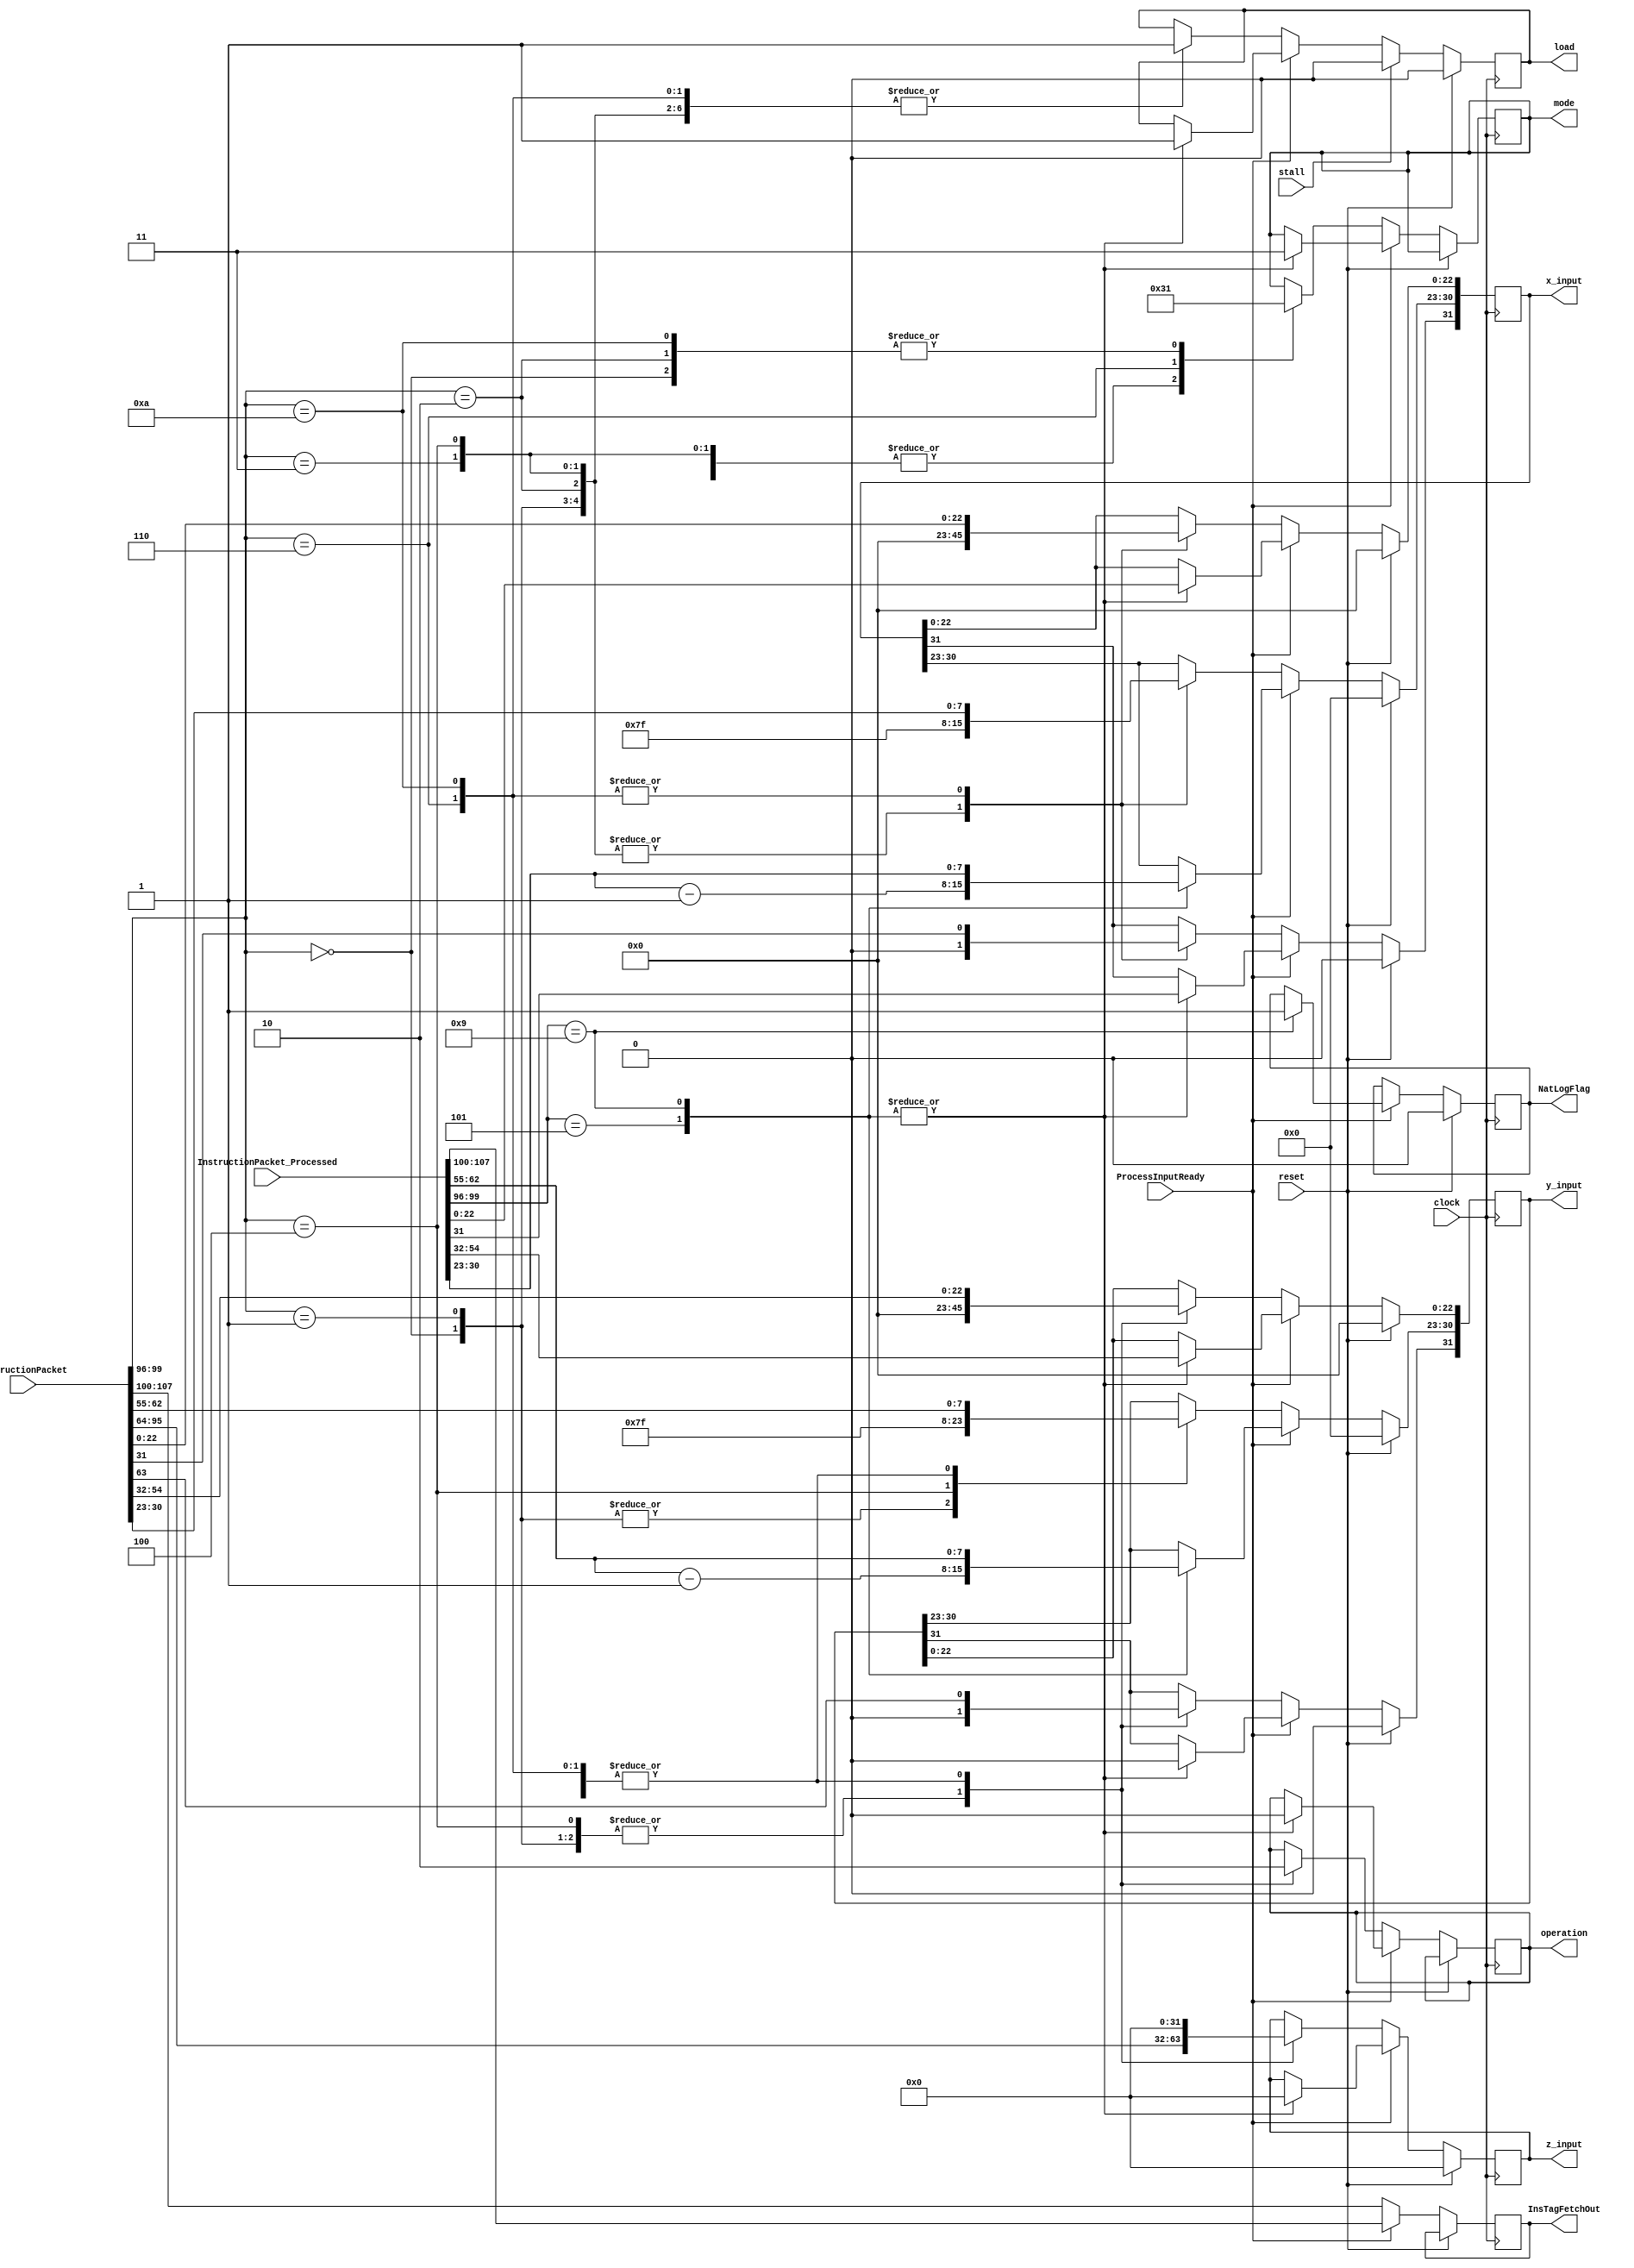
module Fetch_FSL(
    input [107:0] InstructionPacket,
	 input [107:0] InstructionPacket_Processed,
	 input ProcessInputReady,
	 input reset,
    input clock,
	 input stall,
    output reg [31:0] x_input = 32'h00000000,
    output reg [31:0] y_input = 32'h00000000,
    output reg [31:0] z_input = 32'h00000000,
    output reg [1:0] mode,
    output reg operation,
	 output reg [7:0] InsTagFetchOut,
    output reg load = 1'b0,
	 output reg NatLogFlag = 1'b0
    );

wire [3:0] Opcode;
wire [31:0] x_processor;
wire [31:0] y_processor;
wire [31:0] z_processor;
wire [7:0] InstructionTag;

wire [3:0] Opcode_processed;
wire [31:0] x_processor_processed;
wire [31:0] y_processor_processed;
wire [31:0] z_processor_processed;
wire [7:0] InstructionTag_processed;

assign InstructionTag = InstructionPacket[107:100];
assign Opcode = InstructionPacket[99:96];
assign x_processor = InstructionPacket[31:0];
assign y_processor = InstructionPacket[63:32];
assign z_processor = InstructionPacket[95:64];

assign InstructionTag_processed = InstructionPacket_Processed[107:100];
assign Opcode_processed = InstructionPacket_Processed[99:96];
assign x_processor_processed = InstructionPacket_Processed[31:0];
assign y_processor_processed = InstructionPacket_Processed[63:32];
assign z_processor_processed = InstructionPacket_Processed[95:64];

parameter sin_cos		= 4'd0,
			 sinh_cosh	= 4'd1,
			 arctan		= 4'd2,
			 arctanh		= 4'd3,
			 exp			= 4'd4,
			 sqr_root   = 4'd5,			// Pre processed input is given 4'd11
												// This requires pre processing. x = (a+1)/2 and y = (a-1)/2
			 division	= 4'd6,
			 tan			= 4'd7,			// This is iterative. sin_cos followed by division.
			 tanh			= 4'd8,			// This is iterative. sinh_cosh followed by division.
			 nat_log		= 4'd9,			// This requires pre processing. x = (a+1) and y = (a-1)
			 hypotenuse = 4'd10;
			 
parameter vectoring = 1'b0,
			 rotation  = 1'b1;
			 			 
parameter circular   = 2'b01,
			 linear     = 2'b00,
			 hyperbolic = 2'b11;

always @ (posedge clock)
begin

if (reset == 1'b1) begin
	x_input <= 32'h00000000;
   y_input <= 32'h00000000;
   z_input <= 32'h00000000;
	load <= 1'b0;
	NatLogFlag <= 1'b0;
end
	
else begin
	
	if (ProcessInputReady == 1'b0) begin
		
		InsTagFetchOut <= InstructionTag;
		
		case(Opcode)
	
		sin_cos:
		begin
			mode <= circular;
			operation <= rotation;
			x_input <= 32'h3F800000;
			y_input <= 32'h00000000;
			z_input <= z_processor;	
			load <= 1'b1;
		end
		
		sinh_cosh:
		begin
			mode <= hyperbolic;
			operation <= rotation;
			x_input <= 32'h3F800000;
			y_input <= 32'h00000000;
			z_input <= z_processor;
			load <= 1'b1;
		end
		
		arctan:
		begin
			mode <= circular;
			operation <= vectoring;
			x_input <= 32'h3F800000;
			y_input <= y_processor;
			z_input <= 32'h00000000;
			load <= 1'b1;
		end
		
		arctanh:
		begin
			mode <= hyperbolic;
			operation <= vectoring;
			x_input <= 32'h3F800000;
			y_input <= y_processor;
			z_input <= 32'h00000000;
			load <= 1'b1;
		end
		
		exp:
		begin
			mode <= hyperbolic;
			operation <= rotation;
			x_input <= 32'h3F800000;
			y_input <= 32'h3F800000;
			z_input <= z_processor;
			load <= 1'b1;		
		end
		
		division:
		begin
			mode <= linear;
			operation <= vectoring;
			x_input <= x_processor;
			y_input <= y_processor;
			z_input <= 32'h00000000;
			load <= 1'b1;
		end
		
		hypotenuse:
		begin
			mode <= circular;
			operation <= vectoring;
			x_input <= x_processor;
			y_input <= y_processor;
			z_input <= 32'h00000000;
			load <= 1'b1;
		end
		
		endcase
		
	end
	
	else begin
		
		InsTagFetchOut <= InstructionTag_processed;
		
		case(Opcode_processed)
		
		sqr_root:
		begin
			mode <= hyperbolic;
			operation <= vectoring;
			x_input[31] <= x_processor_processed[31];
			x_input[30:23] <= x_processor_processed[30:23] - 8'h01;
			x_input[22:0] <= x_processor_processed[22:0];
			y_input[31] <= 1'b0;
			y_input[30:23] <= y_processor_processed[30:23] - 8'h01;
			y_input[22:0] <= y_processor_processed[22:0];
			z_input <= 32'h00000000;
			load <= 1'b1;
		end
		
		nat_log:
		begin
			mode <= hyperbolic;
			operation <= vectoring;
			x_input <= x_processor_processed;
			y_input[30:0] <= y_processor_processed[30:0];
			y_input[31] <= 1'b0;
			z_input <= 32'h00000000;
			load <= 1'b1;	
			NatLogFlag <= 1'b1;
		end
		
		endcase
		
	end
		
	if (stall == 1'b1) begin
		load <= 1'b0;
	end
	
	
end
end
endmodule